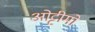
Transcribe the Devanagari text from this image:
ओट्टीमो